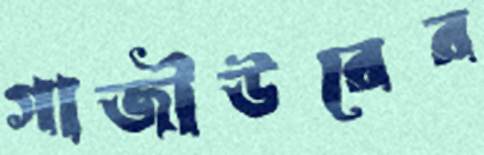
গাজীউরের